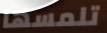
تلمسها